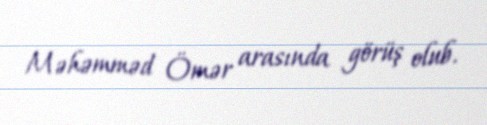
Məhəmməd Ömər arasında görüş olub.